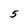
Character: 5